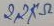
Text: 2,2KΩ